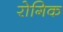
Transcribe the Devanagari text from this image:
रोगिक